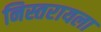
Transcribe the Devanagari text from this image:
निस्तरायला